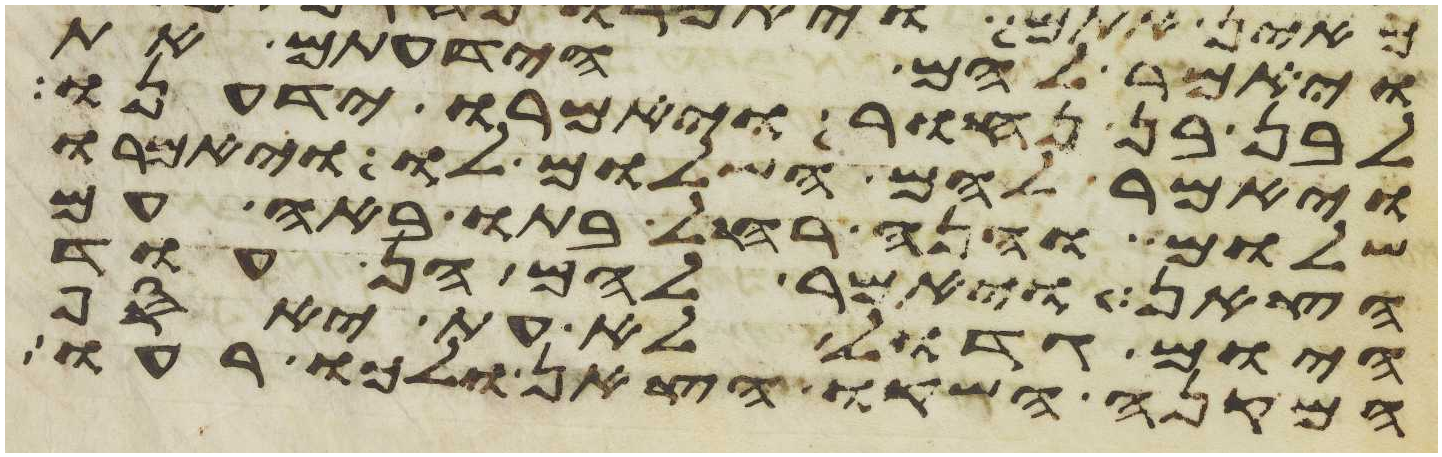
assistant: ויאמר להם הידעתם את
לבן בן נחור ויאמרו ידענו
ויאמר להם השלום לו ויאמרו
שלום והנה רחל בתו באה עם
הצאן ויאמר להם הן עוד
היום גדול לא עת האסף
המקנה השקו הצאן ולכו רעו